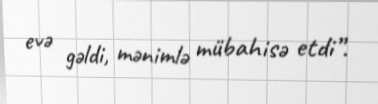
evə gəldi, mənimlə mübahisə etdi”.